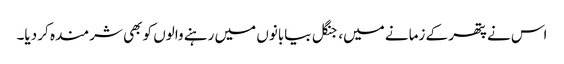
اس نے پتھر کے زمانے میں، جنگل بیابانوں میں رہنے والوں کو بھی شرمندہ کر دیا۔